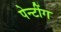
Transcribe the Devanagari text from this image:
पेन्टींग